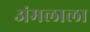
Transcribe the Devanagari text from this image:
अंमलाला